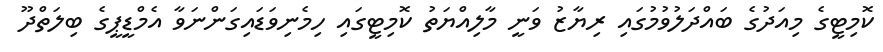
ކޮމިޓީގެ މިއަދުގެ ބައްދަލުވުމުގައި ރިޔާޒު ވަނީ މާލިއްޔަތު ކޮމިޓީގައި ހިމެނިވަޑައިގަންނަވާ އެމްޑީޕީގެ ބިލަތްދޫ